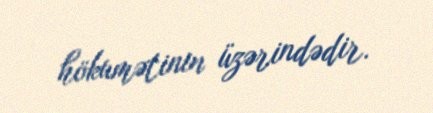
hökumətinin üzərindədir.